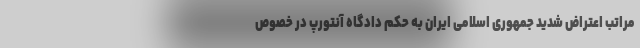
مراتب اعتراض شدید جمهوری اسلامی ایران به حکم دادگاه آنتورپ در خصوص